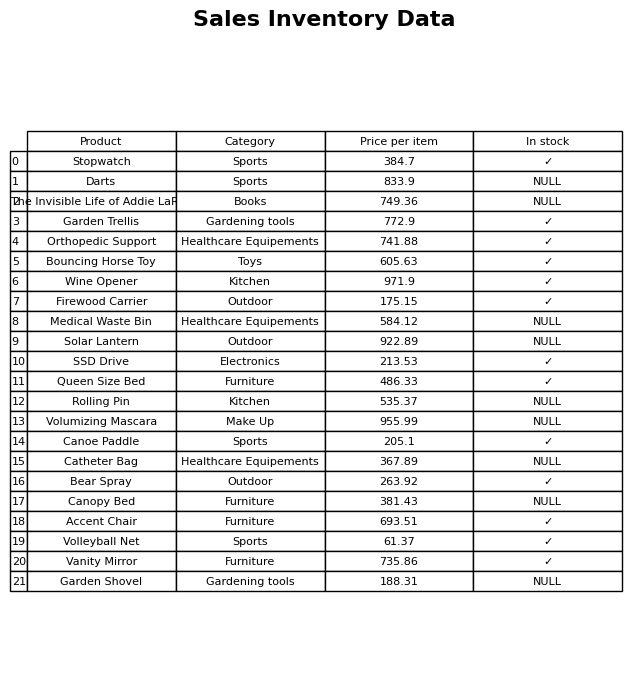
question: What is the price for Darts?
answer: The price of Darts is 833.9.